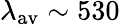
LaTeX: \lambda_{\mathrm{av}}\sim 530